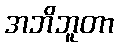
အဘိဘူတာ